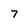
Character: 7